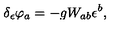
\delta _ { \epsilon } \varphi _ { a } = - g W _ { a b } \epsilon ^ { b } ,